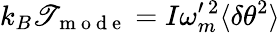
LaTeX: k_{B}\mathscr{T}_{\mathrm{{~m~o~d~e~}}}=I\omega_{m}^{\prime\, 2}\langle\delta\theta^{2}\rangle